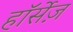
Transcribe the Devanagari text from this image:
हॉर्सेज़